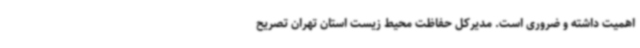
اهمیت داشته و ضروری است. مدیرکل حفاظت محیط زیست استان تهران تصریح